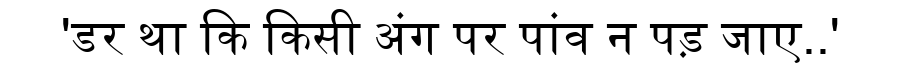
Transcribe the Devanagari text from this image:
'डर था कि किसी अंग पर पांव न पड़ जाए..'